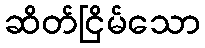
ဆိတ်ငြိမ်သော